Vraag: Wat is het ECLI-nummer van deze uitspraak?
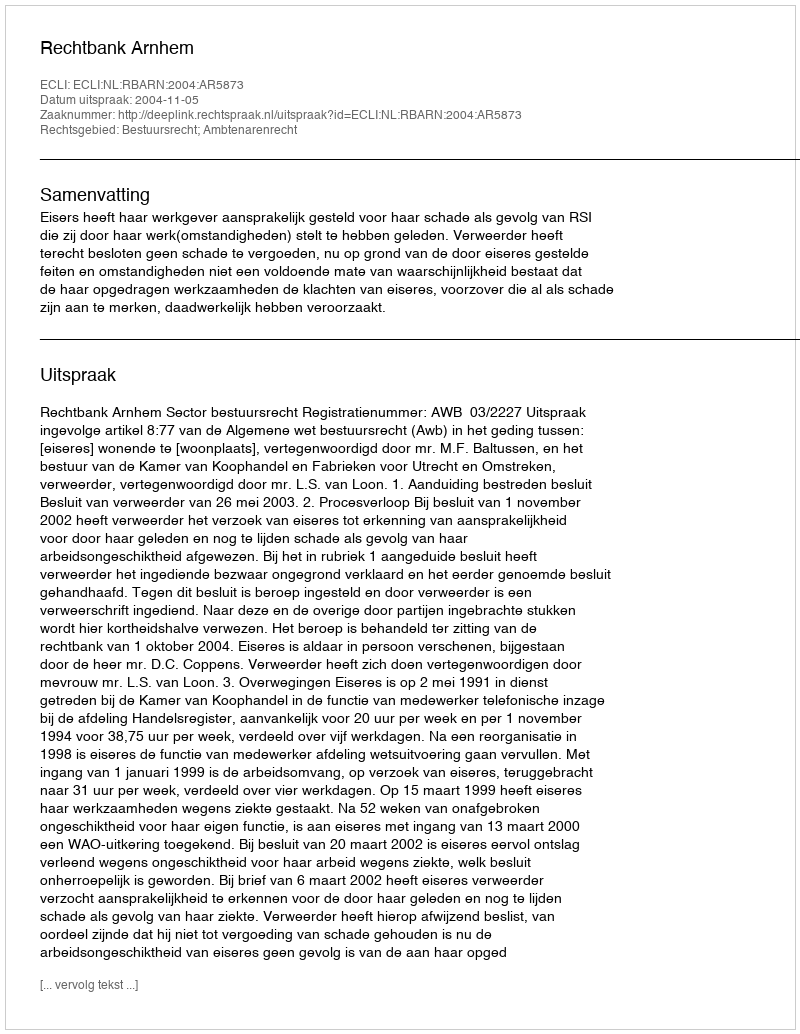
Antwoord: ECLI:NL:RBARN:2004:AR5873